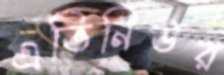
এভিনিউর